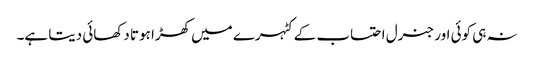
نہ ہی کوئی اور جنرل احتساب کے کٹہرے میں کھڑا ہوتا دکھائی دیتا ہے۔